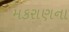
મકરાણના